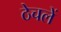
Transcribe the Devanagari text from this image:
ठेचलें